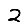
Digit: 2